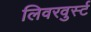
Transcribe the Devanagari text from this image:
लिवरवुर्स्ट